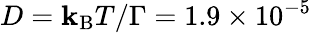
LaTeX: D=\mathbf{k}_{\mathrm{{B}}}T/\Gamma=1.9\times10^{-5}